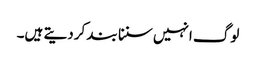
لوگ انہیں سننا بند کردیتے ہیں۔